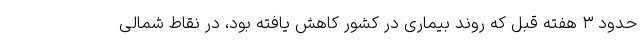
حدود ۳ هفته قبل که روند بیماری در کشور کاهش یافته بود، در نقاط شمالی